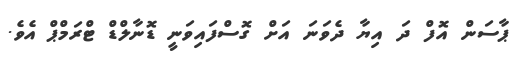
ޕާސަން އޮފް ދަ އިޔާ ދެވަނަ އަށް ގޮސްފައިވަނީ ޑޮނާލްޑް ޓްރަމްޕް އެވެ.